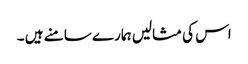
اس کی مثالیں ہمارے سامنے ہیں ۔